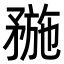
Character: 𥍸